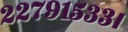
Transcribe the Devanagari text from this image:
२२७९१५३३।